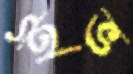
ইভ